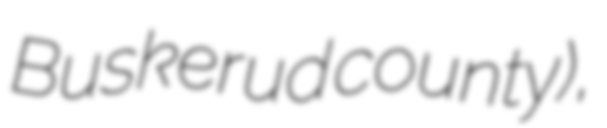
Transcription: Buskerud county),